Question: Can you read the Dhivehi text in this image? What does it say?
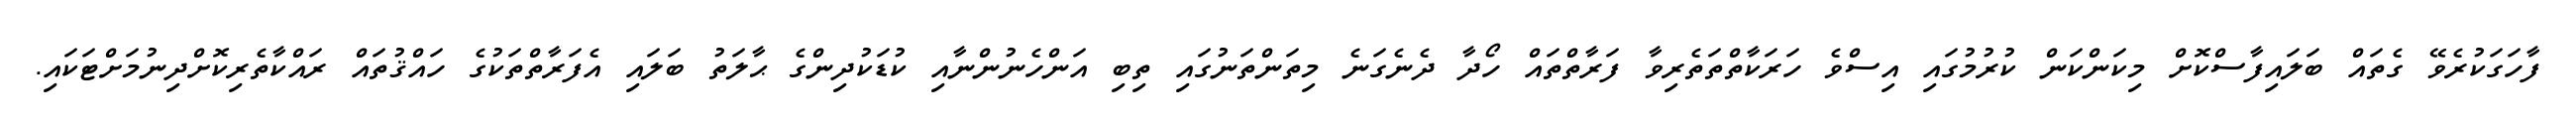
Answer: ފާހަގަކުރެވޭ ގެތައް ބަލައިފާސްކޮށް މިކަންކަން ކުރުމުގައި އިސްވެ ހަރަކާތްތަތެރިވާ ފަރާތްތައް ހޯދާ ދެނެގަނެ މިތަންތަނުގައި ތިބި އަންހެނުންނާއި ކުޑަކުދިންގެ ޙާލަތު ބަލައި އެފަރާތްތަކުގެ ހައްޤުތައް ރައްކާތެރިކޮށްދިނުމަށްޓަކައި.